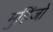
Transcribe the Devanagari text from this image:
मुहिंजो